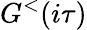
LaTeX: G^{<}(i\tau)